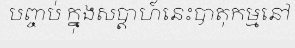
បញ្ចប់ ក្នុងសប្តាហ៍នេះបាតុកម្មនៅ